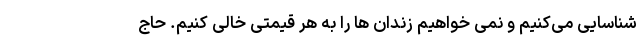
شناسایی می‌کنیم و نمی خواهیم زندان ها را به هر قیمتی خالی کنیم. حاج